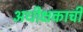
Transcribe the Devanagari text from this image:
अधीक्षकाची